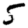
Digit: 5